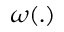
\boldsymbol \omega ( . )